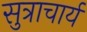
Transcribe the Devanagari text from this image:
सुत्राचार्य